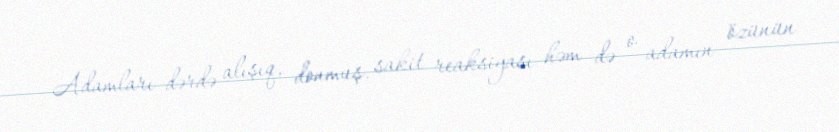
Adamları dərdə alışıq, donmuş, sakit reaksiyası həm də o adamın özünün